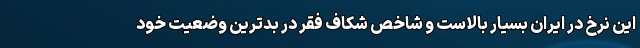
اين نرخ در ايران بسيار بالاست و شاخص شکاف فقر در بدترين وضعيت خود